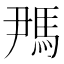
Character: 𬳪